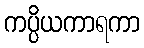
ကပ္ပိယကာရကာ